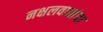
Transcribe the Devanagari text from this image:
नक्षलवाद्यांचा